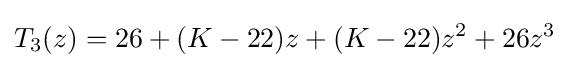
T_{3}(z)=26+(K-22)z+(K-22)z^{2}+26z^{3}